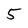
Character: 5